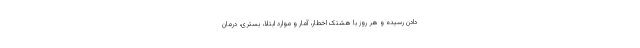
دادن رسیده و هر روز با هشتک اخطار، آمار و موارد ابتلا، بستری، درمان